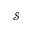
\mathcal { S }